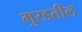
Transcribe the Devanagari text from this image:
मुरडतील